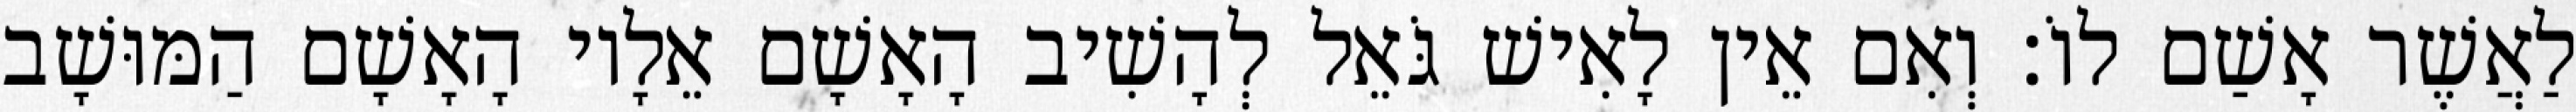
לַאֲשֶׁר אָשַׁם לוֹ׃ וְאִם אֵין לָאִישׁ גֹּאֵל לְהָשִׁיב הָאָשָׁם אֵלָיו הָאָשָׁם הַמּוּשָׁב